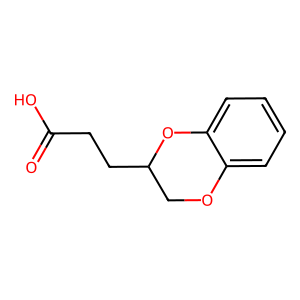
SMILES: O=C(O)CCC1COc2ccccc2O1
Inhibits HIV replication: No